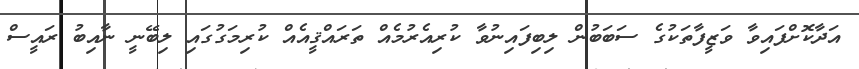
އަދާކޮށްފައިވާ ވަޒީފާތަކުގެ ސަބަބުން ލިބިފައިނުވާ ކުރިއެރުމެއް ތަރައްޤީއެއް ކުރިމަގުގައި ލިބޭނީ ނާއިބު ރައީސް